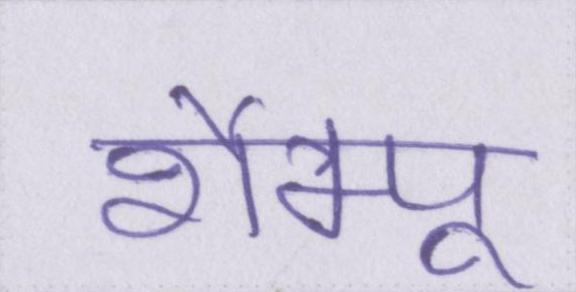
शैम्पू